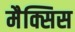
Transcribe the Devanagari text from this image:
मैक्सिस